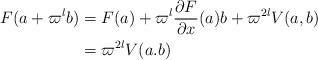
LaTeX: \begin{align*} F(a+\varpi^lb) &=F(a)+\varpi^l\frac{\partial F} {\partial x}(a)b+\varpi^{2l}V(a,b)\\ &=\varpi^{2l}V(a.b)\end{align*}